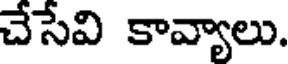
చేసేవి కావ్యాలు.